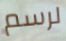
لرسم